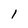
Character: 1